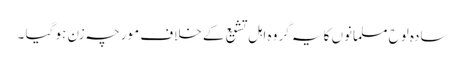
سادہ لوح مسلمانوں کا یہ گروہ اہل تشیع کے خلاف مورچہ زن ہو گیا ۔